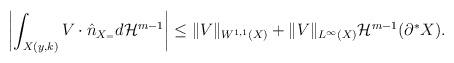
LaTeX: \begin{align*}\left|\int_{X(y,k)} V \cdot \hat n_{X_=} d{\mathcal H}^{m-1} \right|\le \|V\|_{W^{1,1}(X)} + \|V\|_{L^\infty(X)} {\mathcal H}^{m-1}(\partial^* X).\end{align*}